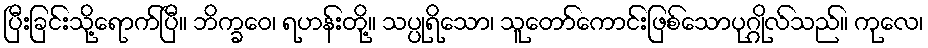
ပြီးခြင်းသို့ရောက်ပြီ။ ဘိက္ခဝေ၊ ရဟန်းတို့။ သပ္ပုရိသော၊ သူတော်ကောင်းဖြစ်သောပုဂ္ဂိုလ်သည်။ ကုလေ၊